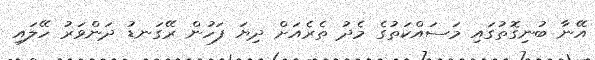
އޭނާ ބުނިގޮތުގައި މަސައްކަތުގެ މެދު ތެރެއަށް ދިޔަ ފަހުން ރޭގަނޑު ދަންވަރު ހޭލައި